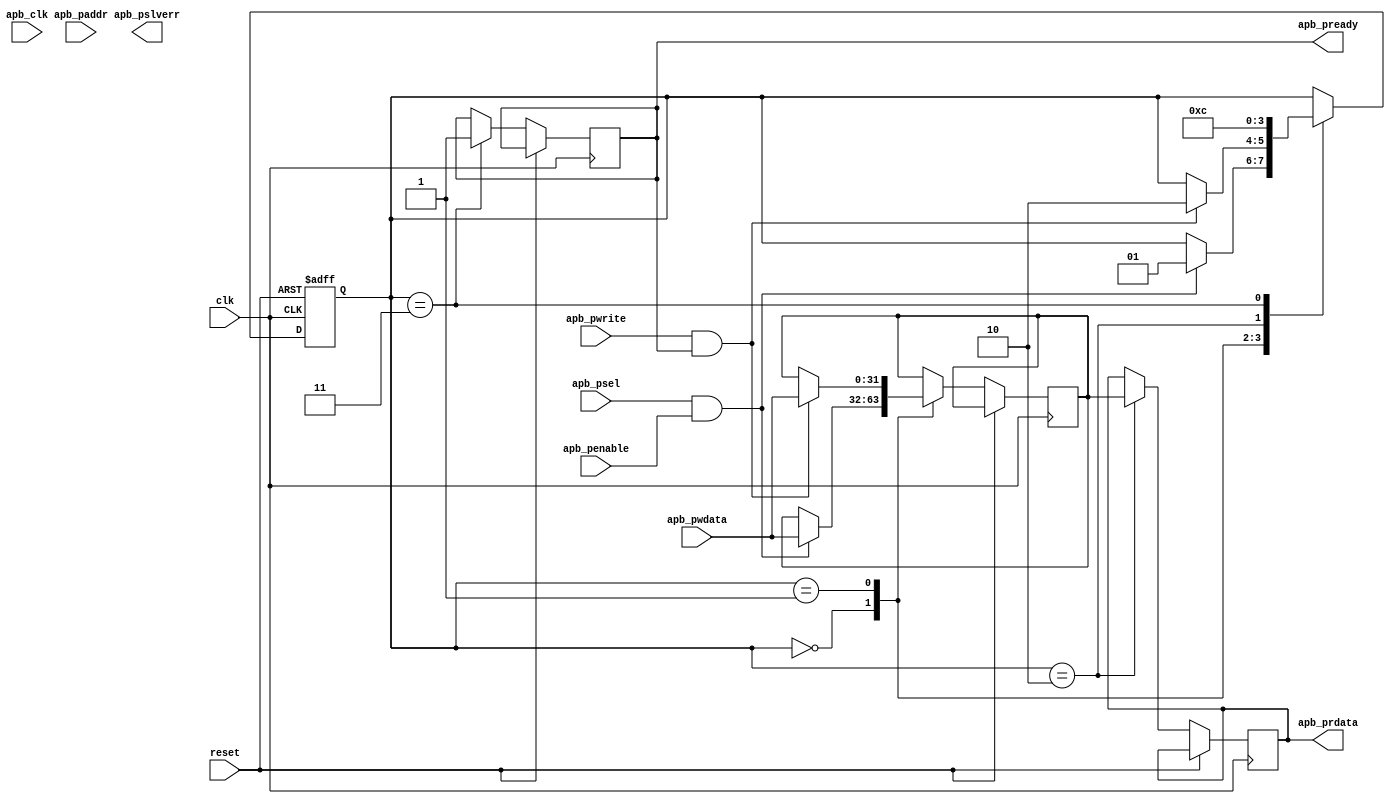
module apb_controller(
    input         clk,                 // Clock input
    input         reset,               // Reset input
    input         apb_clk,             // APB clock input
    input         apb_psel,            // APB peripheral select input
    input         apb_penable,         // APB peripheral enable input
    input  [31:0] apb_paddr,           // APB peripheral address input
    input  [31:0] apb_pwdata,          // APB peripheral write data input
    input         apb_pwrite,          // APB peripheral write enable input
    output [31:0] apb_prdata,          // APB peripheral read data output
    output        apb_pready,          // APB peripheral ready output
    output        apb_pslverr          // APB slave error output
);

// Define internal signals and registers
reg [31:0] reg_data_buffer;    // Data buffer for synchronization
reg [1:0] state;               // State machine state

// State machine for timing control and synchronization
always @(posedge clk or posedge reset) begin
    if (reset) begin
        state <= 2'b00;      // Reset state
    end else begin
        case(state)
            2'b00: begin // IDLE state
                if (apb_psel && apb_penable) begin
                    // Start data transfer
                    state <= 2'b01;
                    reg_data_buffer <= apb_pwdata; // Buffer write data
                end
            end

            2'b01: begin // TRANSFER state
                if (apb_pwrite && apb_pready) begin
                    // Write data to peripheral
                    // Perform clock domain crossing synchronization
                    reg_data_buffer <= apb_pwdata;
                    state <= 2'b10;
                end
            end

            2'b10: begin // SYNC state
                // Perform clock domain crossing synchronization
                apb_prdata <= reg_data_buffer;
                state <= 2'b11;
            end

            2'b11: begin // COMPLETE state
                // Transfer complete, ready for next transfer
                apb_pready <= 1;
                state <= 2'b00; // Return to IDLE state
            end
        endcase
    end
end

// Error detection and correction logic
// (To be implemented as needed)

endmodule